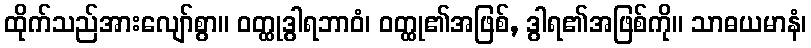
ထိုက်သည်အားလျော်စွာ။ ဝတ္ထုဒွါရဘာဝံ၊ ဝတ္ထု၏အဖြစ်, ဒွါရ၏အဖြစ်ကို။ သာဓယမာနံ၊